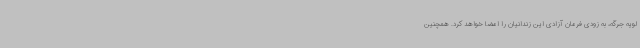
لویه جرگه، به زودی فرمان آزادی این زندانیان را امضا خواهد کرد. همچنین